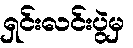
ရှင်းလင်းပွဲမှ